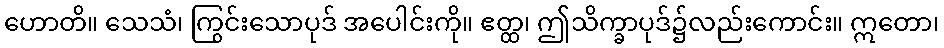
ဟောတိ။ သေသံ၊ ကြွင်းသောပုဒ် အပေါင်းကို။ ဧတ္ထ၊ ဤသိက္ခာပုဒ်၌လည်းကောင်း။ ဣတော၊